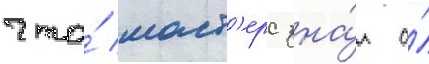
что́ маст'ерс зна́л о́